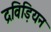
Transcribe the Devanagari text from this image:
द्रविड़ियन